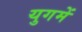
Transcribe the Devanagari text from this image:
युगमें